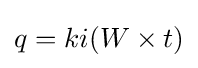
q=ki(W\times t)